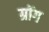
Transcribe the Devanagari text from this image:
ग्रोंग